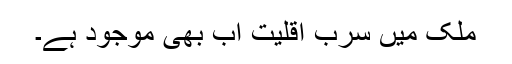
ملک ميں سرب اقليت اب بھی موجود ہے۔